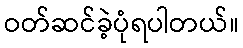
ဝတ်ဆင်ခဲ့ပုံရပါတယ်။